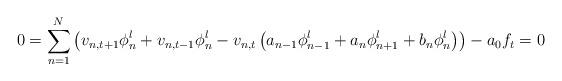
LaTeX: \begin{align*} 0=\sum_{n=1}^N\left(v_{n,t+1}\phi^l_n+v_{n,t-1}\phi^l_n -v_{n,t}\left(a_{n-1}\phi^l_{n-1}+a_n\phi^l_{n+1}+b_n\phi^l_n\right)\right)-a_0f_t=0\end{align*}